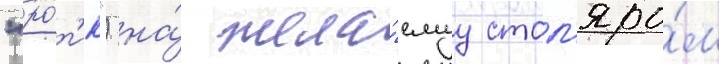
"ро́т'ик") на́ жела́емуу стол'яро́м